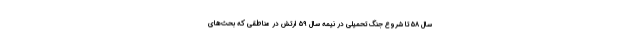
سال ۵۸ تا شروع جنگ تحمیلی در نیمه سال ۵۹ ارتش در مناطقی که بحث‌های